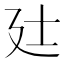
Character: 𫸑